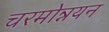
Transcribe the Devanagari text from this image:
चरमोन्नयन